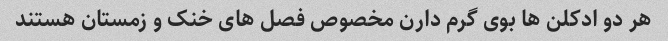
هر دو ادکلن ها بوی گرم دارن مخصوص فصل های خنک و زمستان هستند